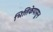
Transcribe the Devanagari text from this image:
भित्तिकेपासून